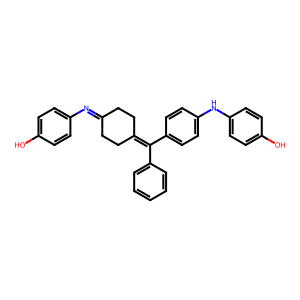
SMILES: Oc1ccc(N=C2CCC(=C(c3ccccc3)c3ccc(Nc4ccc(O)cc4)cc3)CC2)cc1
Inhibits HIV replication: No